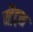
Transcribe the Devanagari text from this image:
स्ट्रैट्‍स